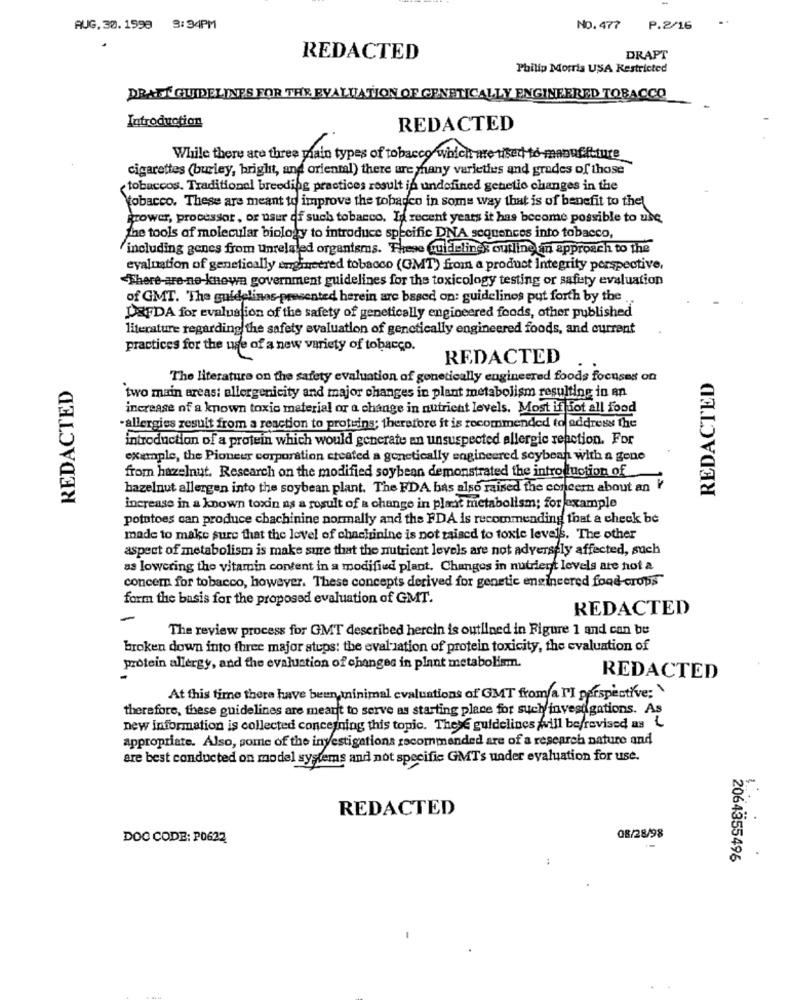
AUG. 30. 1598 3:34PM
NO. 477 P.2/16
REDACTED
DRAPT
Philip Morris USA Restricted
DRAFT GUIDELINES FOR THE EVALUATION OF GENETICALLY ENGINEERED TOBACCO
Introduction
REDACTED
While there are three main types of tobacco which are used to-manuf.ftture
cigarettes (burley, bright, and oriental) there are many varieties and grades of those
tobaccos. Traditional breeding practices result is undefined genetio changes in the
tobacco. These are meant to improve the tobacco in some way that is of benefit to thel
grower, processor, or user of such tobacco. La recent years it has become possible to use
the tools of molecular biology to introduce specific DNA sequences into tobacco,
including genes from unrelated organisms. These Guidelines outline an approach to the
evaluation of genetically engineered tobacco (GMT) from a product Integrity perspective,
"There-are-ne-knewa government guidelines for the toxicology testing or safisty evaluation
of GMT. The guidelines-presented herein are based on: guidelines put forth by the
DRFDA for evaluation of the safety of genetically engineered foods, other published
literature regarding the safety evaluation of genetically engineered foods, and current
practices for the use of a new variety of tobacco.
REDACTED
REDACTED
The literature on the safety evaluation of genetically engineered foods focuses on
REDACTED
two main areas: allergenicity and major changes in plant metabolism resulting in an
increase of a known toxic material or a change in nutrient levels. Most if Sot all food
-allergies result from a reaction to proteins; therefore it is recommended to address the
introduction of a protein which would generate an unsuspected allergic reaction. For
example, the Pioneer corporation created a genetically engineered soybean with a gene
from hazelnut. Research on the modified soybean demonstrated the introduction of
hazelnut allergen into the soybean plant. The FDA bas also raised the concern about an V
increase in a known toxin as a result of a change in plast metabolism; for example
potatoes can produce chachinine normally and the FDA is recommending that a check be
made to make sure that the level of chachinine is not raised to toxic levels. The other
aspect of metabolism is make sure that the nutrient levels are not adversely affected, such
as lowering the vitamin content in a modified plant. Changes in nutrient levels are not a
concern for tobacco, however. These concepts derived for genetic engineered food-crops"
form the basis for the proposed evaluation of GMT.
REDACTED
The review process for GMT described herein is outlined in Figure 1 and can be
broken down into three major steps: the evaluation of protein toxicity, the evaluation of
protein allergy, and the evaluation of changes in plant metabolism.
REDACTED
At this time there have been, minimal evaluations of GMT froma PI perspective;
therefore, these guidelines are meant to serve as starting place for such investigations. As
new information is collected concerning this topic. These guidelines will be/revised as L
appropriate. Also, some of the investigations recommended are of a research nature and
are best conducted on model systems and not specific GMTs under evaluation for use.
-
REDACTED
DOC CODE: P0622
08/28/98
2064355496